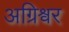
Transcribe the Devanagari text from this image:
अग्रिश्वर